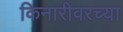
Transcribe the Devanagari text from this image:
किनारीवरच्या